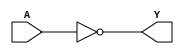
module NOT_gate(
    input wire A,
    output reg Y
);

always @(*) begin
    Y = ~A;
end

endmodule